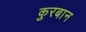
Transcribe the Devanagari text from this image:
कुरबान